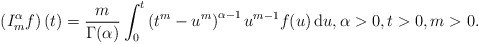
\begin{align*}\left(I_m^{\alpha}f\right)(t)= \frac{m}{\Gamma(\alpha)}\int_0^t\left(t^m-u^m\right)^{\alpha-1}u^{m-1}f(u)\, \mathrm{d}u, \alpha >0, t>0, m>0.\end{align*}